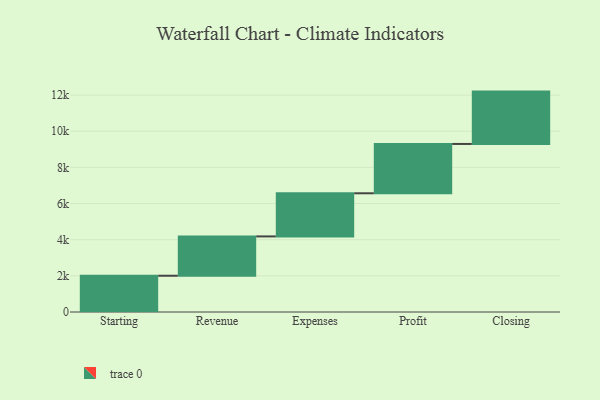
{"axis": {"x": "Step", "y": "Value"}, "legend": [""], "data": [{"x": "Starting", "y": 2006.0, "type": ""}, {"x": "Revenue", "y": 2176.0, "type": ""}, {"x": "Expenses", "y": 2386.0, "type": ""}, {"x": "Profit", "y": 2729.0, "type": ""}, {"x": "Closing", "y": 2896.0, "type": ""}]}